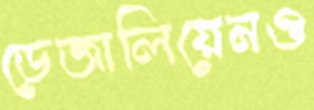
ডেজালিয়েনও